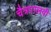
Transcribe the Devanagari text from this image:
चैत्रपालवी